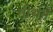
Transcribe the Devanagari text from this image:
तीर्थन